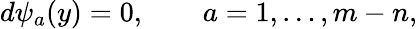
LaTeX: d\psi_{a}(y)=0,\qquad a=1,\ldots,m-n,